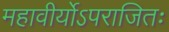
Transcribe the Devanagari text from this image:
महावीर्योऽपराजितः